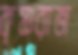
কৃষ্ণরাজ